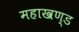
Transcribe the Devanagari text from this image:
महाखण्ड